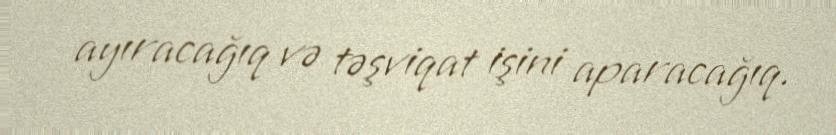
ayıracağıq və təşviqat işini aparacağıq.